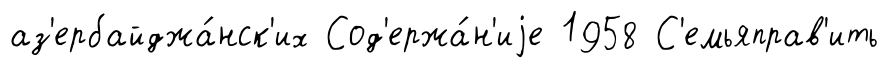
аз'ербайджа́нск'их Сод'ержа́н'иjе 1958 С'емьяправ'ить